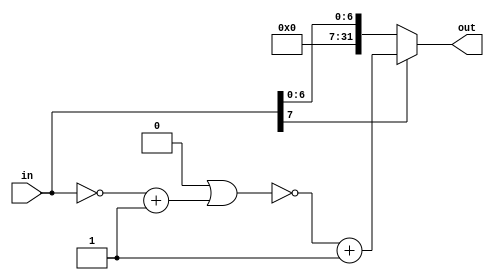
`timescale 1ns / 1ps
//////////////////////////////////////////////////////////////////////////////////
// Company: 
// Engineer: 
// 
// Design Name: 
// Module Name:    SI_UPSCALER 
// Project Name: 
// Target Devices: 
// Tool versions: 
// Description: 
//
// Dependencies: 
//
// Revision: 
// Revision 0.01 - File Created
// Additional Comments: 
//
//////////////////////////////////////////////////////////////////////////////////
module SI_UPSCALER
#(
	parameter N_IN = 8,
	parameter N_OUT = 32
)
(
	input [N_IN - 1: 0] in,
	output reg [N_OUT - 1: 0] out
);

wire in_sign;
reg [N_IN - 1: 0] in_unsigned;

assign in_sign = in[N_IN - 1];

always@(*) begin
	if(in_sign == 1) begin
		out = {N_OUT{1'b0}};
		in_unsigned = ~in + 1;
		out = out | { {(N_OUT - N_IN){1'b0}}, in_unsigned};
		out = ~out + 1;
	end else begin
		out = { {(N_OUT-N_IN){1'b0}}, in};
	end
end

endmodule